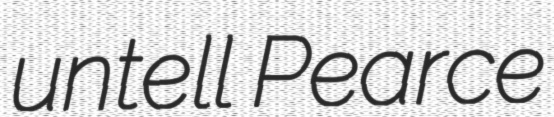
untell Pearce